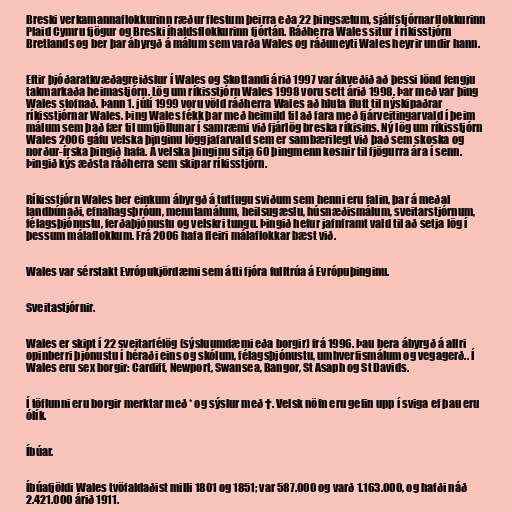
Breski verkamannaflokkurinn ræður flestum þeirra eða 22 þingsætum, sjálfstjórnarflokkurinn
Plaid Cymru fjögur og Breski íhaldsflokkurinn fjórtán. Ráðherra Wales situr í ríkisstjórn
Bretlands og ber þar ábyrgð á málum sem varða Wales og ráðuneyti Wales heyrir undir hann.

Eftir þjóðaratkvæðagreiðslur í Wales og Skotlandi árið 1997 var ákveðið að þessi lönd fengju
takmarkaða heimastjórn. Lög um ríkisstjórn Wales 1998 voru sett árið 1998. Þar með var þing
Wales stofnað. Þann 1. júlí 1999 voru völd ráðherra Wales að hluta flutt til nýskipaðrar
ríkisstjórnar Wales. Þing Wales fékk þar með heimild til að fara með fjárveitingarvald í þeim
málum sem það fær til umfjöllunar í samræmi við fjárlög breska ríkisins. Ný lög um ríkisstjórn
Wales 2006 gáfu velska þinginu löggjafarvald sem er sambærilegt við það sem skoska og
norður-írska þingið hafa. Á velska þinginu sitja 60 þingmenn kosnir til fjögurra ára í senn.
Þingið kýs æðsta ráðherra sem skipar ríkisstjórn.

Ríkisstjórn Wales ber einkum ábyrgð á tuttugu sviðum sem henni eru falin, þar á meðal
landbúnaði, efnahagsþróun, menntamálum, heilsugæslu, húsnæðismálum, sveitarstjórnum,
félagsþjónustu, ferðaþjónustu og velskri tungu. Þingið hefur jafnframt vald til að setja lög í
þessum málaflokkum. Frá 2006 hafa fleiri málaflokkar bæst við.

Wales var sérstakt Evrópukjördæmi sem átti fjóra fulltrúa á Evrópuþinginu.

Sveitastjórnir.

Wales er skipt í 22 sveitarfélög (sýsluumdæmi eða borgir) frá 1996. Þau bera ábyrgð á allri
opinberri þjónustu í héraði eins og skólum, félagsþjónustu, umhverfismálum og vegagerð.. Í
Wales eru sex borgir: Cardiff, Newport, Swansea, Bangor, St Asaph og St Davids.

Í töflunni eru borgir merktar með * og sýslur með †. Velsk nöfn eru gefin upp í sviga ef þau eru
ólík.

Íbúar.

Íbúafjöldi Wales tvöfaldaðist milli 1801 og 1851; var 587.000 og varð 1.163.000, og hafði náð
2.421.000 árið 1911.